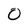
Character: O